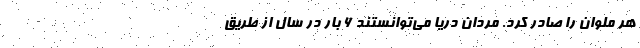
هر ملوان را صادر کرد. مردان دریا می‌توانستند ۶ بار در سال از طریق